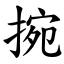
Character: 捥